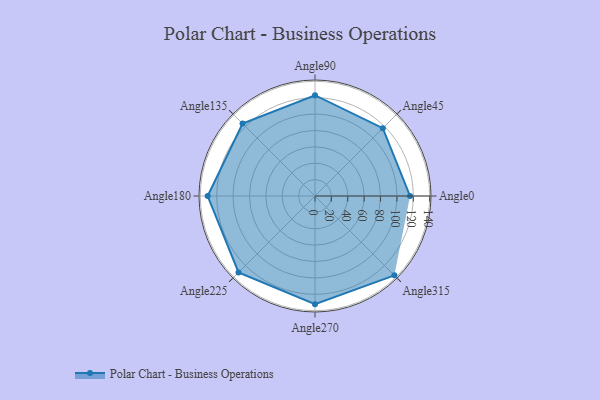
{"axis": {"x": "Angle", "y": "Radius"}, "legend": [""], "data": [{"x": "Angle0", "y": 116.0, "type": ""}, {"x": "Angle45", "y": 117.0, "type": ""}, {"x": "Angle90", "y": 123.0, "type": ""}, {"x": "Angle135", "y": 125.0, "type": ""}, {"x": "Angle180", "y": 131.0, "type": ""}, {"x": "Angle225", "y": 132.0, "type": ""}, {"x": "Angle270", "y": 132.0, "type": ""}, {"x": "Angle315", "y": 137.0, "type": ""}]}